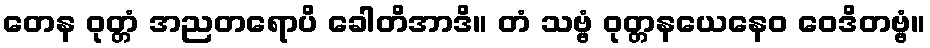
တေန ဝုတ္တံ အညတရောပိ ခေါတိအာဒိ။ တံ သဗ္ဗံ ဝုတ္တနယေနေဝ ဝေဒိတဗ္ဗံ။